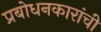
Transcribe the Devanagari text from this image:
प्रबोधनकारांची